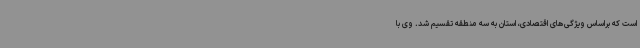
است که براساس ویژگی‌های اقتصادی، استان به سه منطقه تقسیم شد. وی با